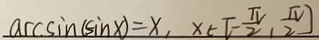
a c c \sin ( \sin x ) = x , x \in [ - \frac { \pi } { 2 } , \frac { \pi } { 2 } ]